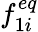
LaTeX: f_{1i}^{eq}